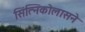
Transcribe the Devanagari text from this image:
सिंत्निकोलासने